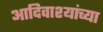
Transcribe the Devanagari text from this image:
आदिवाश्यांच्या